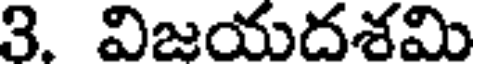
3. విజయదశమి